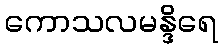
ကောသလမန္ဒိရေ